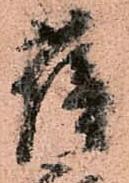
薩